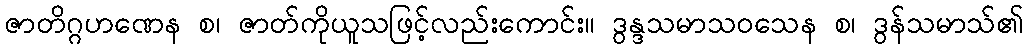
ဇာတိဂ္ဂဟဏေန စ၊ ဇာတ်ကိုယူသဖြင့်လည်းကောင်း။ ဒွန္ဒသမာသဝသေန စ၊ ဒွန်သမာသ်၏